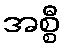
အစ္စီ